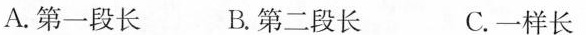
A. 第一段长 B. 第二段长 C. 一样长